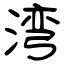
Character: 湾